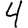
Digit: 4